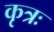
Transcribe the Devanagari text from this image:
कृत्रः